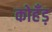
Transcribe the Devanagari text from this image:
कोहँड़